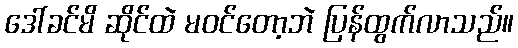
ဒေါ်ခင်မိ ဆိုင်ထဲ မဝင်တော့ဘဲ ပြန်ထွက်လာသည်။